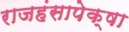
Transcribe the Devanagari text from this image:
राजहंसापेक्षा